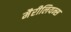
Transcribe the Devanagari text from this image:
मैरीलियन्स